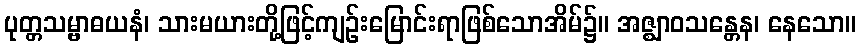
ပုတ္တသမ္ဗာဓယနံ၊ သားမယားတို့ဖြင့်ကျဉ်းမြောင်းရာဖြစ်သောအိမ်၌။ အဇ္ဈာဝသန္တေန၊ နေသော။